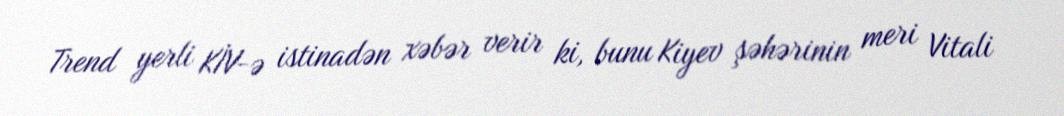
Trend yerli KİV-ə istinadən xəbər verir ki, bunu Kiyev şəhərinin meri Vitali